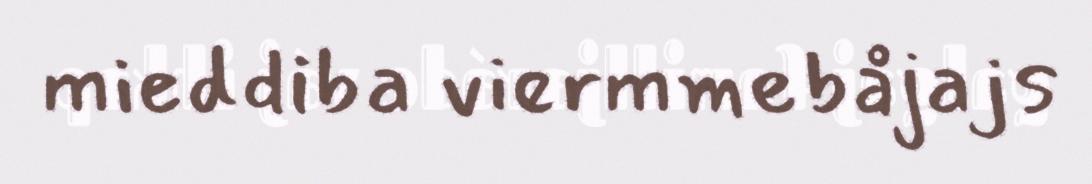
mieddiba viermmebåjajs